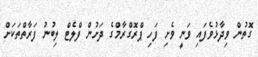
ގޮތުން ވިދާޅުވެފައި ވަނީ ވެށި ފަހި ޕްރޮގްރާމްގެ ދަށުން ފްލެޓް ލިބުނު ފަރާތްތަކަށް